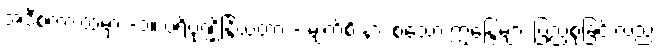
အဲဒီစကားထဲမှာ -၁။ ပရိပုဏ္ဏိန္ဒြိယတာ - မျက်စိ နား စသော ဣန္ဒြေများ ပြည့်စုံခြင်းလည်း